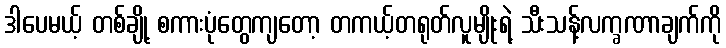
ဒါပေမယ့် တစ်ချို့ စကားပုံတွေကျတော့ တကယ့်တရုတ်လူမျိုးရဲ့ သီးသန့်လက္ခဏာချက်ကို